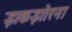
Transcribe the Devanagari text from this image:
झकझोरना